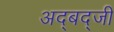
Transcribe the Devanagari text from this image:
अद्बद्जी